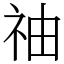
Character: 䄂